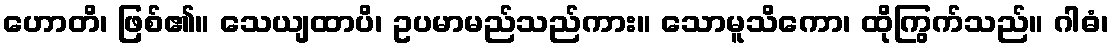
ဟောတိ၊ ဖြစ်၏။ သေယျထာပိ၊ ဥပမာမည်သည်ကား။ သောမူသိကော၊ ထိုကြွက်သည်။ ဂါဓံ၊